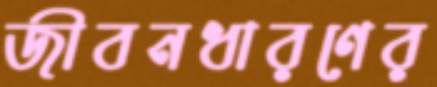
জীবনধারণের